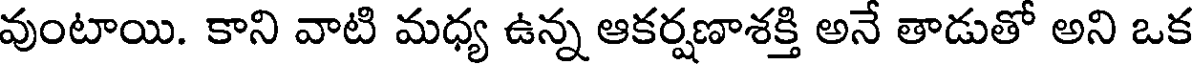
వుంటాయి. కాని వాటి మధ్య ఉన్న ఆకర్షణాశక్తి అనే తాడుతో అని ఒక